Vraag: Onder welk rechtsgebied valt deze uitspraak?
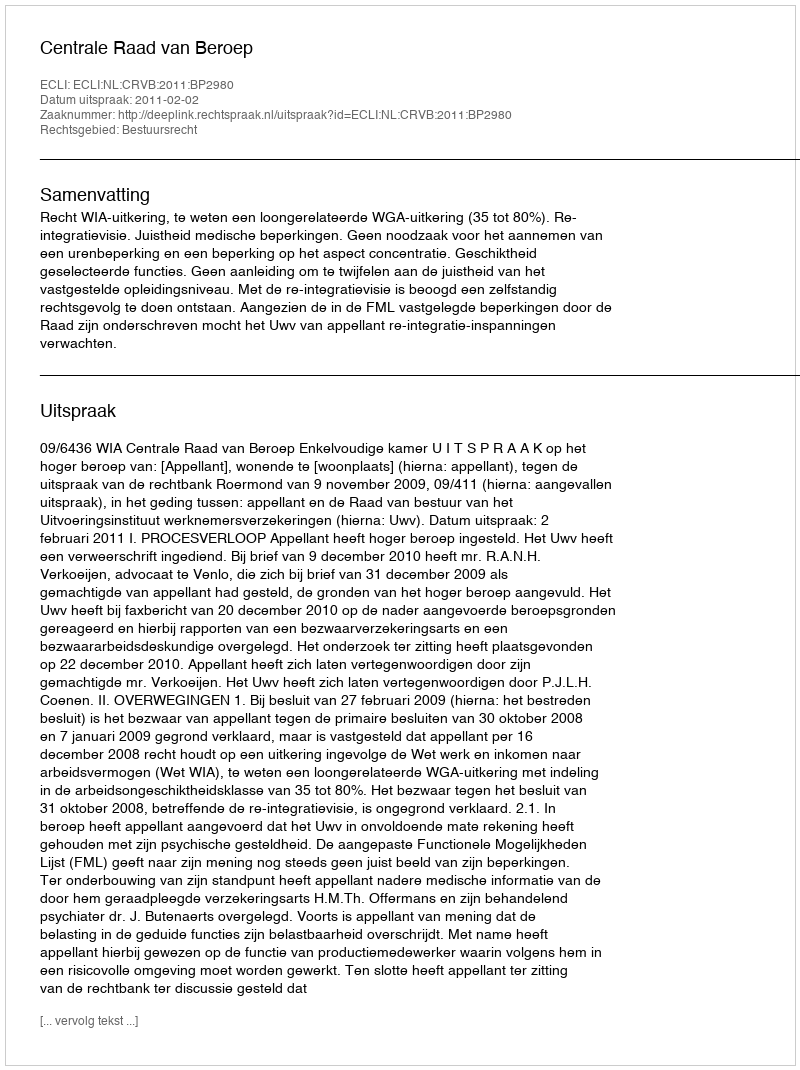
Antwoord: Bestuursrecht